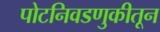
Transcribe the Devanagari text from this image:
पोटनिवडणुकीतून